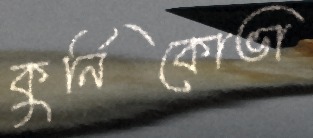
কুর্নিকোভা